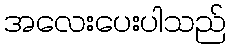
အလေးပေးပါသည်